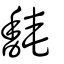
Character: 馣